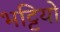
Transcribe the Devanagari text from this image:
भट्टियो